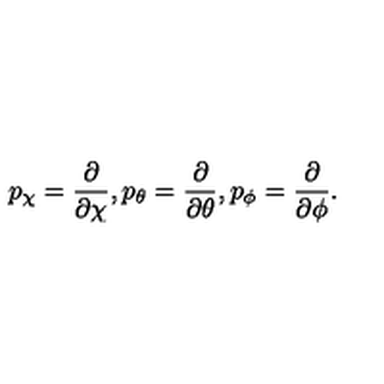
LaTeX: p _ { \chi } = \frac { \partial } { \partial \chi } , p _ { \theta } = \frac { \partial } { \partial \theta } , p _ { \phi } = \frac { \partial } { \partial \phi } .